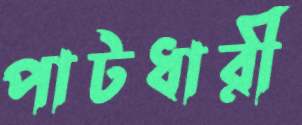
পাটধারী